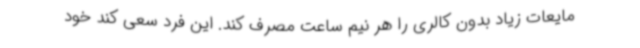
مایعات زیاد بدون کالری را هر نیم ساعت مصرف کند. این فرد سعی کند خود